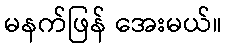
မနက်ဖြန် အေးမယ်။